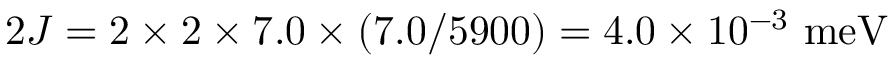
2 J = 2 \times 2 \times 7 . 0 \times ( 7 . 0 / 5 9 0 0 ) = 4 . 0 \times 1 0 ^ { - 3 } ~ \mathrm { m e V }